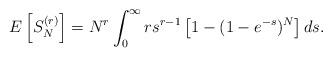
LaTeX: \begin{align*}E\left[S_N^{(r)}\right] = N^r \int_0^{\infty} r s^{r-1} \left[1 - (1 - e^{- s})^N \right] ds.\end{align*}